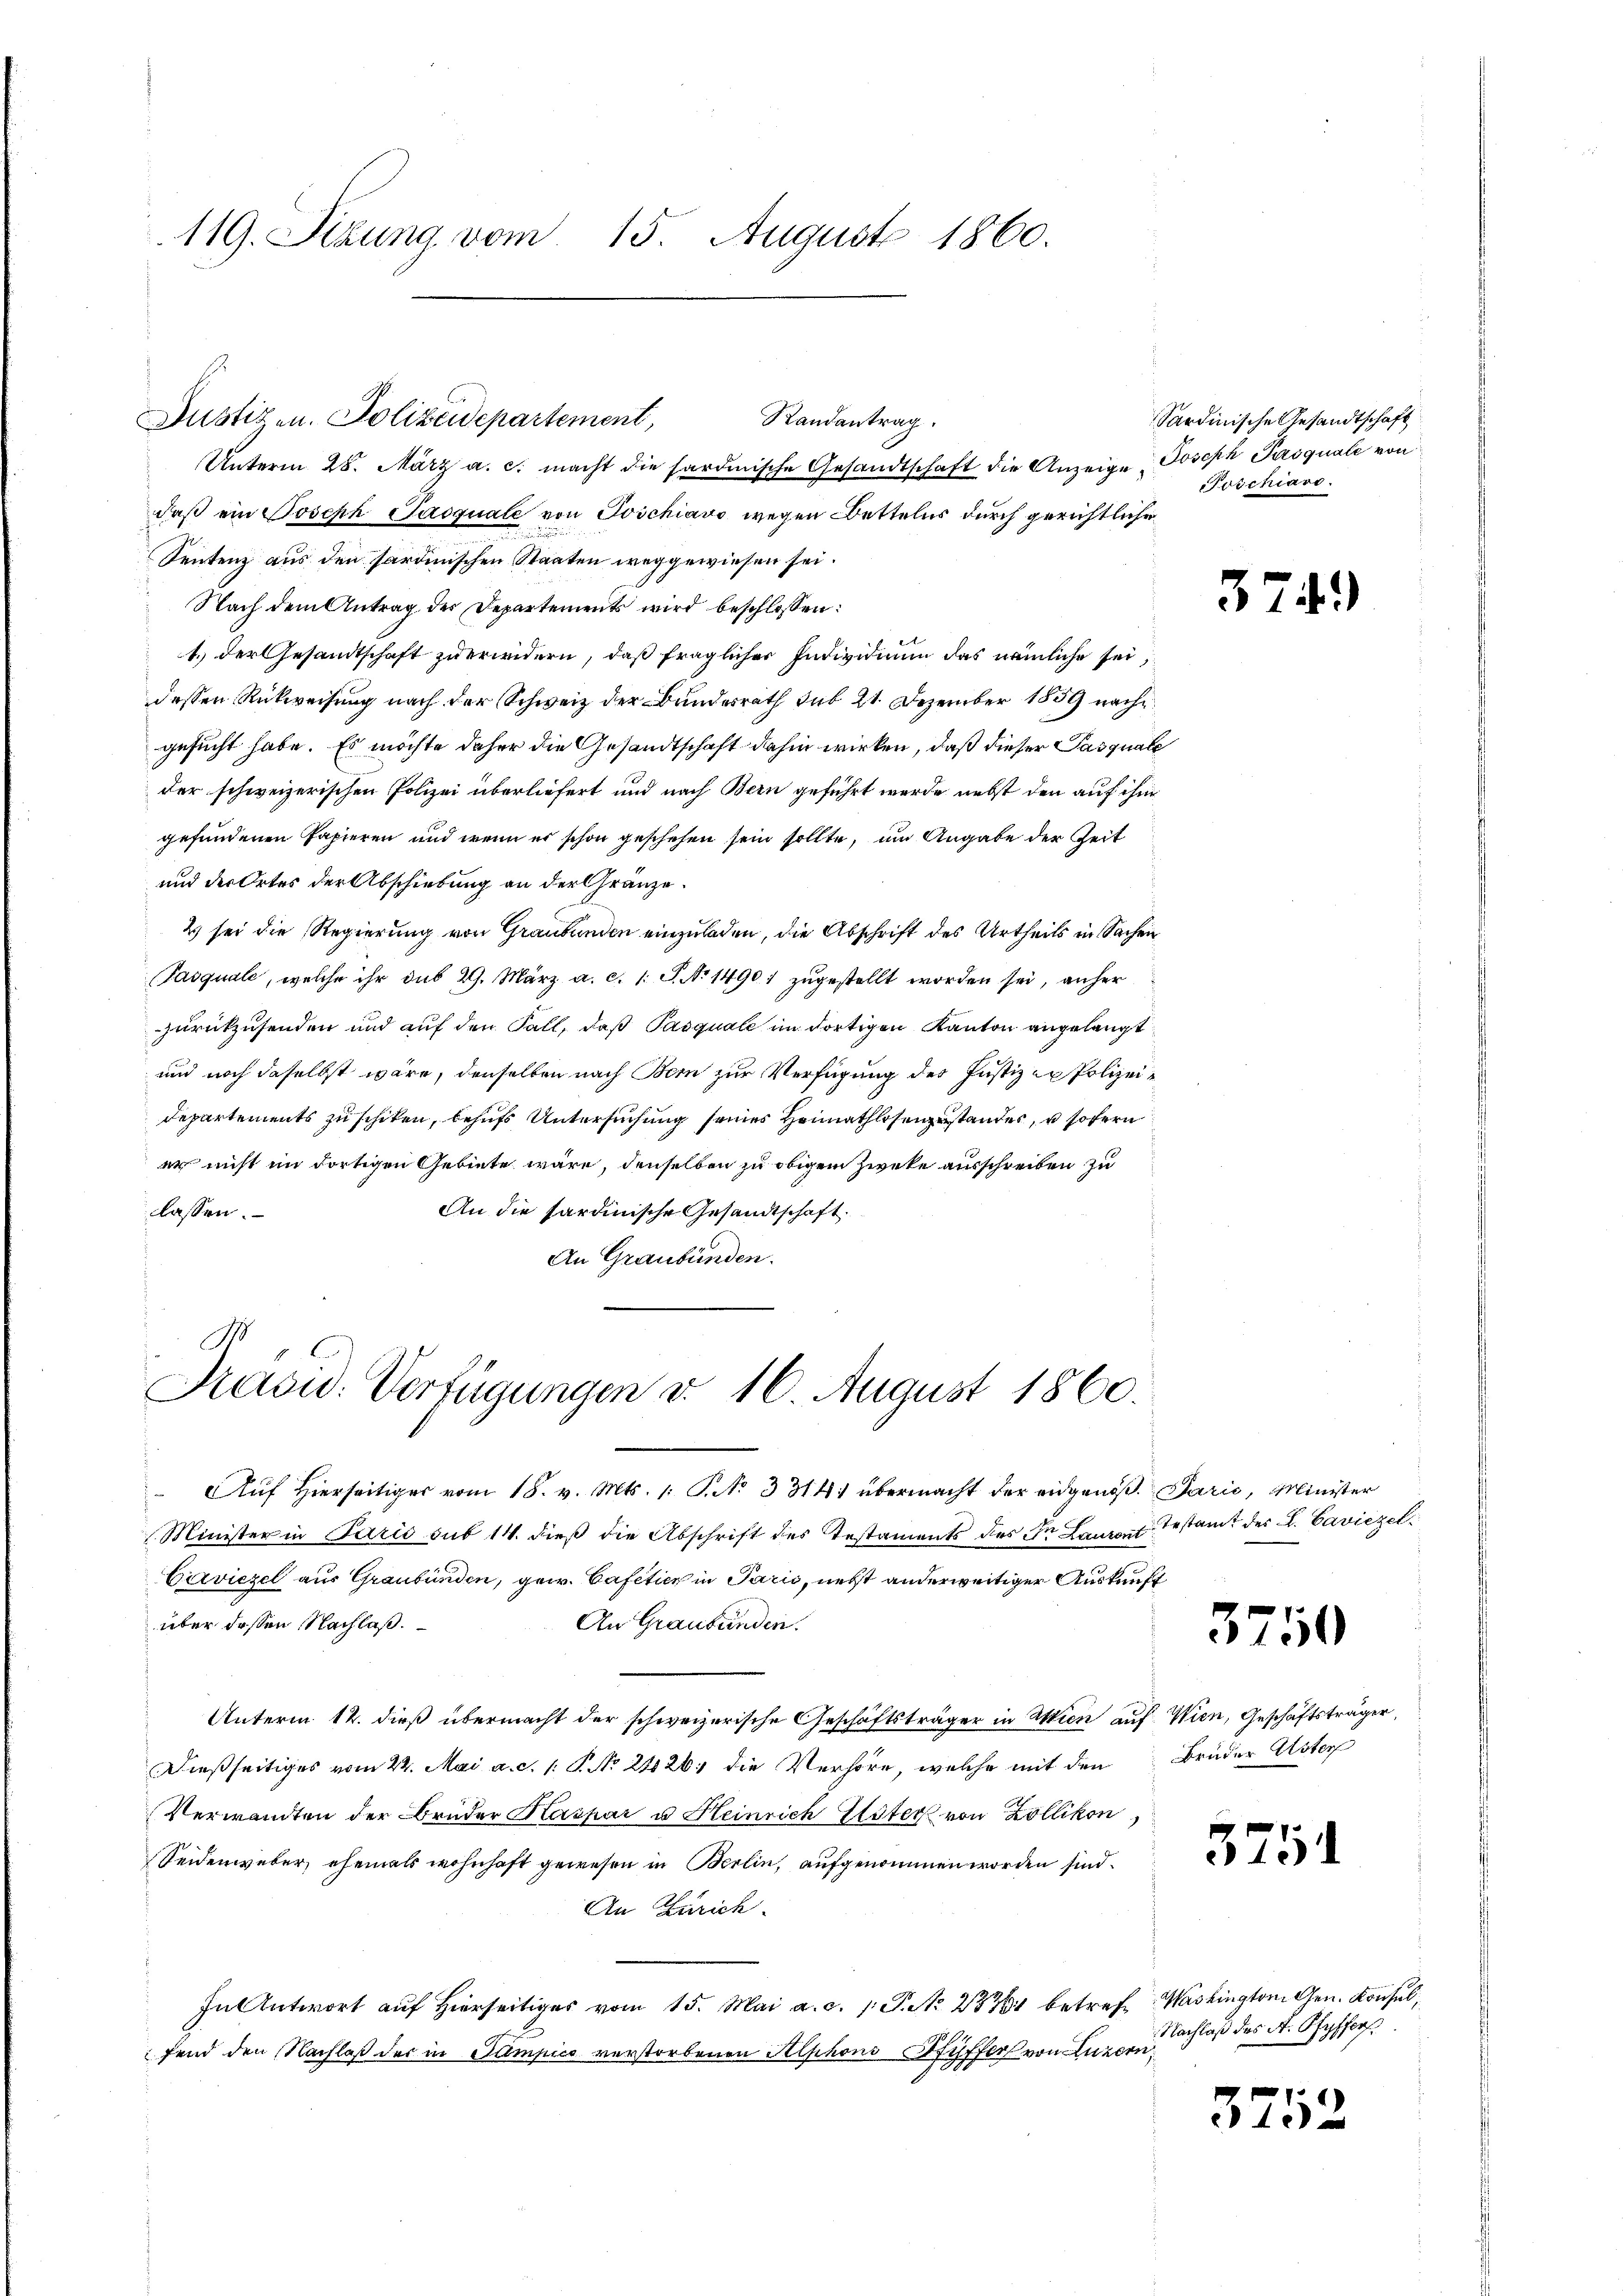
119. Sebung vom 15. August 1860.

Justizen. Polizeidepartement,
Randantrag.

Präsid. Verfügungen d. 16. August 1860.

Unterm 28. März a. c. macht die sardinische Gesandtschaft die Anzeige Joseph Pasquale von
daß ein Joseph Pasquale von Poschiavo wegen Bettelns durch gerichtliche
Sentenz aus den sardinischen Staaten weggewiesen sei.
Nach dem Antrag des Departements wird beschlossen:
1.) Der Gesandtschaft zu erwidern, daß fraglicher Individium das nämliche sei,
dessen Rückweisung nach der Schweiz der Bundesrath sub 21. Dezember 1859 nach
gesucht habe. Es möchte daher die Gesandtschaft dahin wirken, daß dieser Pasquale
der schweizerischen Polizei überliefert und nach Bern geführt werde nebst den auf ihm
gefundenen Papieren und wenn er schon geschehen sein sollte, um Angabe der Zeit
und der Ortes der Abschiebung an der Gränze.
2 sei die Regierung von Graubünden einzuladen, die Abschrift des Urtheils in Sachen
Pasquale, welche ihr sub 29. März a. c. 1 S. No 1490 zugestellt worden sei, anher
zurückzusenden und auf den Fall, daß Pasquale im dortigen Kanton angelangt
und noch daselbst wäre, denselben nach Bern zur Verfügung der Justiz ex Polizei¬
Departements zu schiken, behufs Untersuchung seines Heimathlosengestandes, u sofern
er nicht im dortigen Gebiete wäre, denselben zu obigem Zwecke ausschreiben zu
An die Sardinische Gesandtschaft.
lassen.
An Graubünden.

" Aŭf Hierseitiger vom 18. v. Mts. 1. P. Nr. 3314) übermacht der eidgenöβ. Parić, Minister
Minister in Paris sub 14. dieß die Abschrift des Testaments des In Lanze Testamt des L. Caviezel¬
Carviezel aus Graubünden, gew. Cafetier in Paris, nebst anderweitiger Auskunft
über dessen Nachlaß.
An Graubünden.
Unterm 12. dieß übermacht der schweizerische Geschäftsträger in Aktien auf Wien, Geschäftsträger,
Dießseitiges vom 22. Mai a. c. 1. P. No 21826. die Verhöre, welche mit den
Verwandten der Bruder Kaspar u Heinrich Elster von Zollikon
Seidenweber, ehemals wohnhaft gewesen in Berlin, aufgenommen worden sind.
An Zürich.
In Antwort aŭf hierseitig vom 15. Mai a. c. 1. P. Nr. 28751 betrefe Washington Gen. Konsul,
fend den Nachlaß der in Sumpico verstorbenen Alphons Pfiffer von Luzern,

Sardinische Gesandtschaft
Poschiard.

37

3750

Brüder Uster

3751

Nachlaß des A. Ofyffers

3752

)